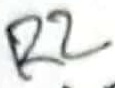
Text: R2